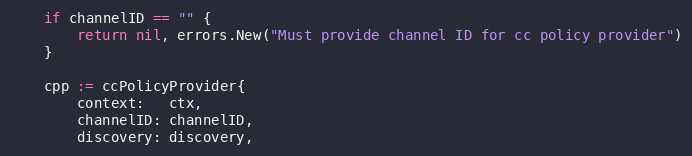
Language: Go
	if channelID == "" {
		return nil, errors.New("Must provide channel ID for cc policy provider")
	}

	cpp := ccPolicyProvider{
		context:   ctx,
		channelID: channelID,
		discovery: discovery,